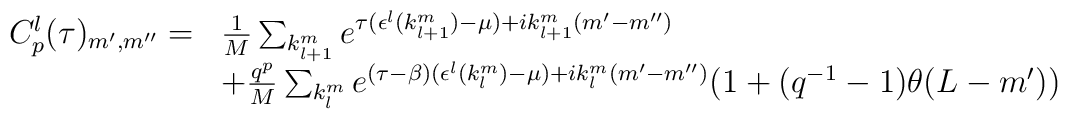
\begin{array}{ll}C^{l}_{p}(\tau)_{m^{\prime},m^{\prime \prime}} = &\frac{1}{M} \sum_{k^{m}_{l+1}} e^{\tau(\epsilon^l(k^{m}_{l+1})-\mu)+ik^{m}_{l+1} (m^{\prime}-m^{\prime \prime})} \\ &+\frac{q^{p}}{M} \sum_{k^{m}_{l}} e^{(\tau-\beta) (\epsilon^l(k^{m}_{l})-\mu)+ik^m_l (m^{\prime}-m^{\prime \prime})} (1 + (q^{-1}-1)\theta (L-m^\prime))\end{array}